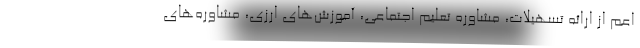
اعم از ارائه تسهیلات، مشاوره تعلیم اجتماعی، آموزش‌های ارزی، مشاوره‌های